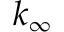
k _ { \infty }